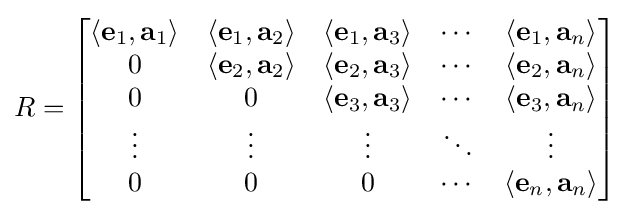
R={\begin{bmatrix}\langle \mathbf {e} _{1},\mathbf {a} _{1}\rangle &\langle \mathbf {e} _{1},\mathbf {a} _{2}\rangle &\langle \mathbf {e} _{1},\mathbf {a} _{3}\rangle &\cdots &\langle \mathbf {e} _{1},\mathbf {a} _{n}\rangle \\0&\langle \mathbf {e} _{2},\mathbf {a} _{2}\rangle &\langle \mathbf {e} _{2},\mathbf {a} _{3}\rangle &\cdots &\langle \mathbf {e} _{2},\mathbf {a} _{n}\rangle \\0&0&\langle \mathbf {e} _{3},\mathbf {a} _{3}\rangle &\cdots &\langle \mathbf {e} _{3},\mathbf {a} _{n}\rangle \\\vdots &\vdots &\vdots &\ddots &\vdots \\0&0&0&\cdots &\langle \mathbf {e} _{n},\mathbf {a} _{n}\rangle \\\end{bmatrix}}